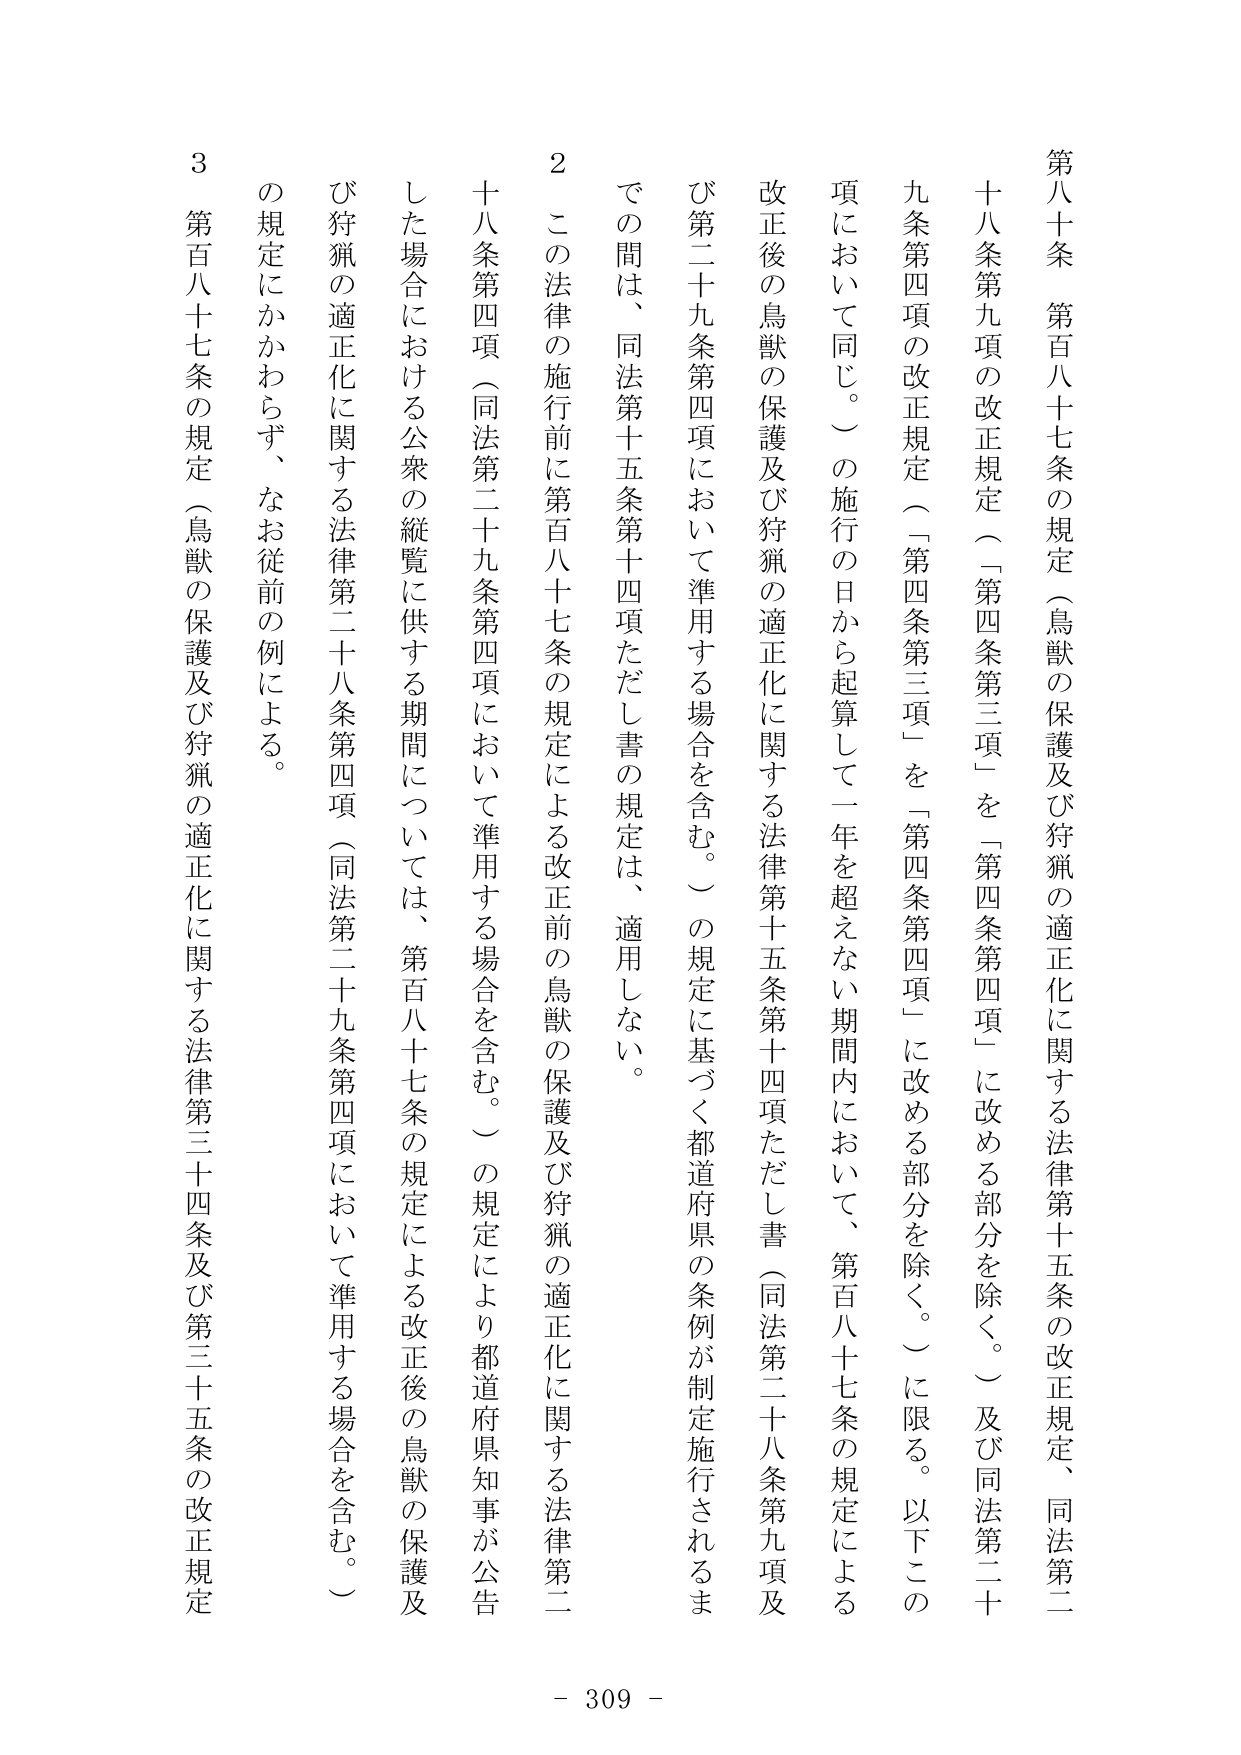
第八十条　第百八十七条の規定（鳥獣の保護及び狩猟の適正化に関する法律第十五条の改正規定、同法第二十八条第九項の改正規定（「第四条第三項」を「第四条第四項」に改める部分を除く。）及び同法第二十九条第四項の改正規定（「第四条第三項」を「第四条第四項」に改める部分を除く。）に限る。以下この項において同じ。）の施行の日から起算して一年を超えない期間内において、第百八十七条の規定による改正後の鳥獣の保護及び狩猟の適正化に関する法律第十五条第十四項ただし書（同法第二十八条第九項及び第二十九条第四項において準用する場合を含む。）の規定に基づく都道府県の条例が制定施行されるまでの間は、同法第十五条第十四項ただし書の規定は、適用しない。

２　この法律の施行前に第百八十七条の規定による改正前の鳥獣の保護及び狩猟の適正化に関する法律第二十八条第四項（同法第二十九条第四項において準用する場合を含む。）の規定により都道府県知事が公告した場合における公衆の縦覧に供する期間については、第百八十七条の規定による改正後の鳥獣の保護及び狩猟の適正化に関する法律第二十八条第四項（同法第二十九条第四項において準用する場合を含む。）の規定にかかわらず、なお従前の例による。

３　第百八十七条の規定（鳥獣の保護及び狩猟の適正化に関する法律第三十四条及び第三十五条の改正規定

- 309 -